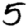
Digit: 5